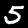
Label: 5